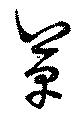
革